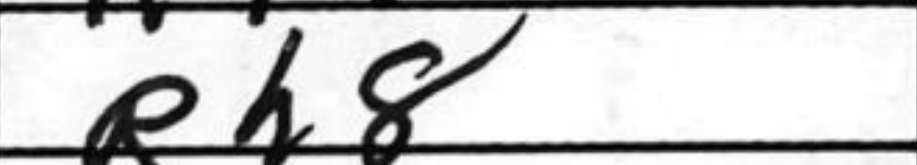
Transcription: Rh8